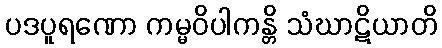
ပဒပူရဏော ကမ္မဝိပါကန္တိ သံဃာဋိယာတိ